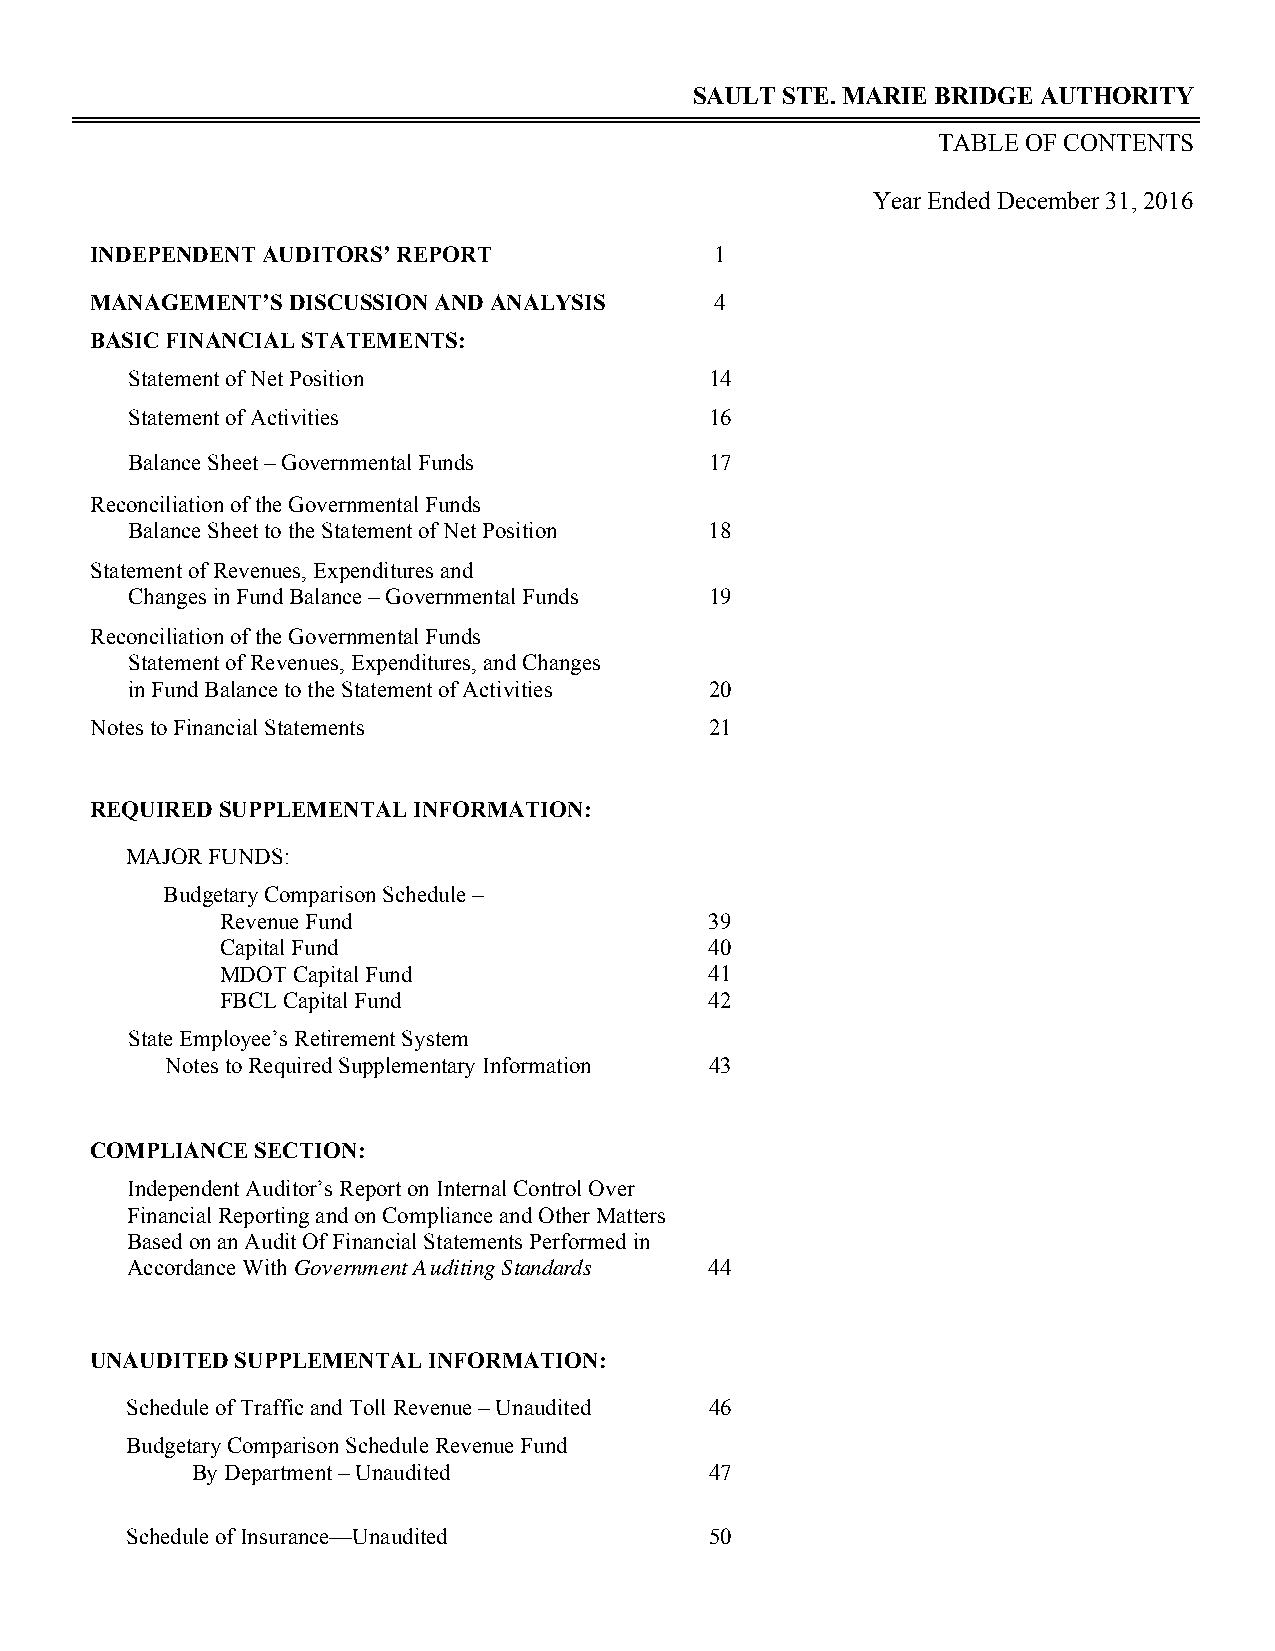
SAULT STE. MARIE BRIDGE AUTHORITY
 TABLE OF CONTENTS
 Year Ended December 31, 2016
 INDEPENDENT AUDITORS’ REPORT             1
 MANAGEMENT’S DISCUSSION AND ANALYSIS     4
 BASIC FINANCIAL STATEMENTS:
 Statement of Net Position              14
 Statement of Activities                16
 Balance Sheet – Governmental Funds     17
 Reconciliation of the Governmental Funds
 Balance Sheet to the Statement of Net Position 18
 Statement of Revenues, Expenditures and
 Changes in Fund Balance – Governmental Funds 19
 Reconciliation of the Governmental Funds
 Statement of Revenues, Expenditures, and Changes
 in Fund Balance to the Statement of Activities 20
 Notes to Financial Statements            21
 REQUIRED SUPPLEMENTAL INFORMATION:
 MAJOR FUNDS:
 Budgetary Comparison Schedule –
 Revenue Fund                    39
 Capital Fund                    40
 MDOT Capital Fund               41
 FBCL Capital Fund               42
 State Employee’s Retirement System
 Notes to Required Supplementary Information 43
 COMPLIANCE SECTION:
 Independent Auditor’s Report on Internal Control Over
 Financial Reporting and on Compliance and Other Matters
 Based on an Audit Of Financial Statements Performed in
 Accordance With Government Auditing Standards 44
 UNAUDITED SUPPLEMENTAL INFORMATION:
 Schedule of Traffic and Toll Revenue – Unaudited 46
 Budgetary Comparison Schedule Revenue Fund
 By Department – Unaudited         47
 Schedule of Insurance—Unaudited        50